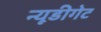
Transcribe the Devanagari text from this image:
न्यूडीगेट